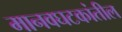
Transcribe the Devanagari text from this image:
मानवघटकांतील